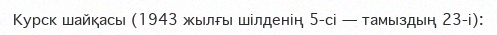
Курск шайқасы (1943 жылғы шілденің 5-сі — тамыздың 23-і):